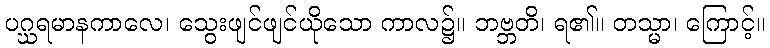
ပဂ္ဃရမာနကာလေ၊ သွေးဖျင်ဖျင်ယိုသော ကာလ၌။ ဘဗ္ဘတိ၊ ရ၏။ တသ္မာ၊ ကြောင့်။